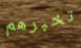
تخبرهم